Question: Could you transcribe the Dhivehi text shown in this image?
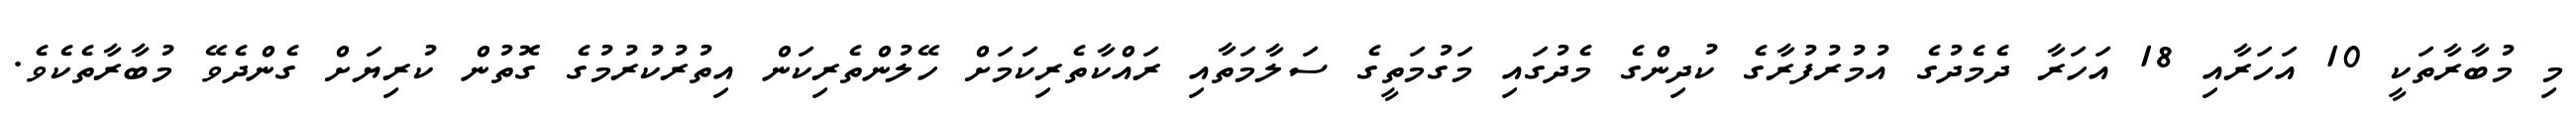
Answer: މި މުބާރާތަކީ 10 އަހަރާއި 18 އަހަރާ ދެމެދުގެ އުމުރުފުރާގެ ކުދިންގެ މެދުގައި މަގުމަތީގެ ސަލާމަތާއި ރައްކާތެރިކަމަށް ހޭލުންތެރިކަން އިތުރުކުރުމުގެ ގޮތުން ކުރިޔަށް ގެންދެވޭ މުބާރާތެކެވެ.